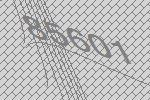
85601